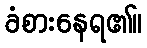
ခံစားနေရ၏။